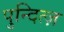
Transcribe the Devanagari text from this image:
पुन्दित्ज़